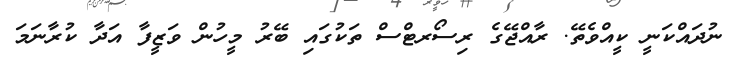
ނުދައްކަނީ ކީއްވެތޭ. ރާއްޖޭގެ ރިސޯރޓްސް ތަކުގައި ބޭރު މީހުން ވަޒީފާ އަދާ ކުރާނަމަ